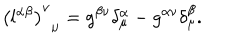
LaTeX: { \left( l ^ { \alpha \beta } \right) ^ { \nu } } _ { \mu } = g ^ { \beta \nu } \delta _ { \mu } ^ { \alpha } - g ^ { \alpha \nu } \delta _ { \mu } ^ { \beta } .